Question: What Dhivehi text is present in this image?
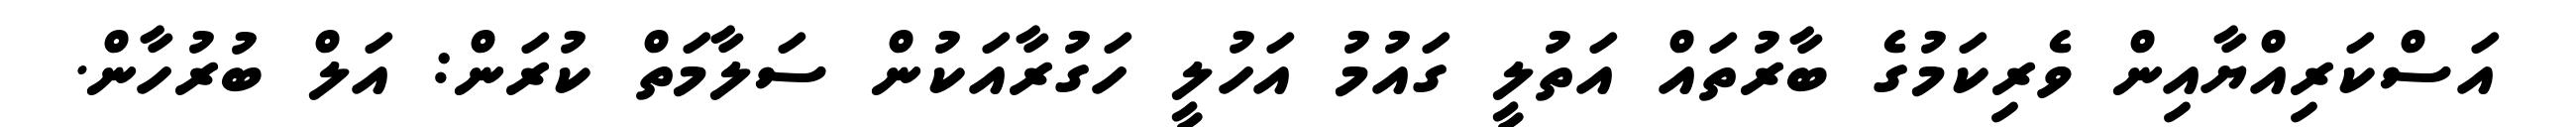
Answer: އަސްކަރިއްޔާއިން ވެރިކަމުގެ ބާރުތައް އަތުލީ ގައުމު އަހުލީ ހަގުރާއަކުން ސަލާމަތް ކުރަން: އަލް ބުރުހާން.